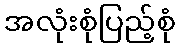
အလုံးစုံပြည့်စုံ